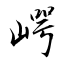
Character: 崿